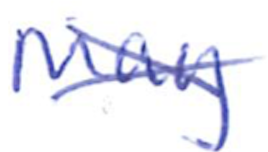
Text: May
Cross-out: cross
Writing tool: ballpoint